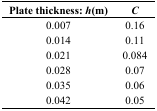
| Plate thickness: h(m) | C |
 | --- | --- |
 | 0.007 | 0.16 |
 | 0.014 | 0.11 |
 | 0.021 | 0.084 |
 | 0.028 | 0.07 |
 | 0.035 | 0.06 |
 | 0.042 | 0.05 |